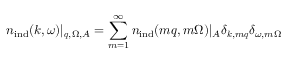
{ n } _ { \mathrm { i n d } } ( \boldsymbol { k } , \omega ) | _ { \boldsymbol { q } , \Omega , A } = \sum _ { m = 1 } ^ { \infty } { n } _ { \mathrm { i n d } } ( m \boldsymbol { q } , m \Omega ) | _ { A } \delta _ { \boldsymbol { k } , m \boldsymbol { q } } \delta _ { \omega , m \Omega }